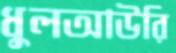
ধুলআউরি